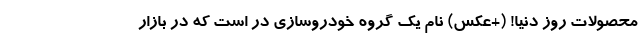
محصولات روز دنیا! (+عکس) نام یک گروه خودروسازی در است که در بازار